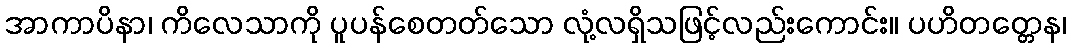
အာကာပိနာ၊ ကိလေသာကို ပူပန်စေတတ်သော လုံ့လရှိသဖြင့်လည်းကောင်း။ ပဟိတတ္တေန၊